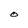
Character: O